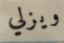
ويزلي